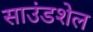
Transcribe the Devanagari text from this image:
साउंडशेल